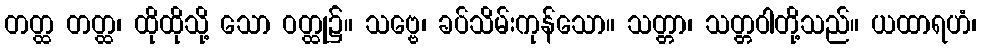
တတ္ထ တတ္ထ၊ ထိုထိုသို့ သော ဝတ္ထု၌။ သဗ္ဗေ၊ ခပ်သိမ်းကုန်သော။ သတ္တာ၊ သတ္တဝါတို့သည်။ ယထာရဟံ၊